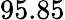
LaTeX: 95.85